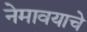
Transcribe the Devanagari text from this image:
नेमावयाचे